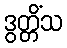
ဒွတ္တိံသ